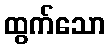
ထွက်သော